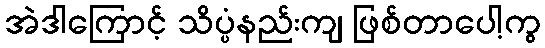
အဲဒါကြောင့် သိပ္ပံနည်းကျ ဖြစ်တာပေါ့ကွ